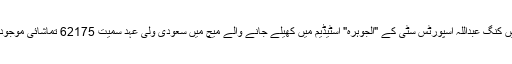
جدہ میں کنگ عبداللہ اسپورٹس سِٹی کے "الجوہرہ" اسٹیڈیم میں کھیلے جانے والے میچ میں سعودی ولی عہد سمیت 62175 تماشائی موجود تھے۔